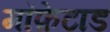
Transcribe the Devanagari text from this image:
मॉफ़ेटाड